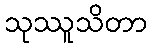
သုဿူသိတာ